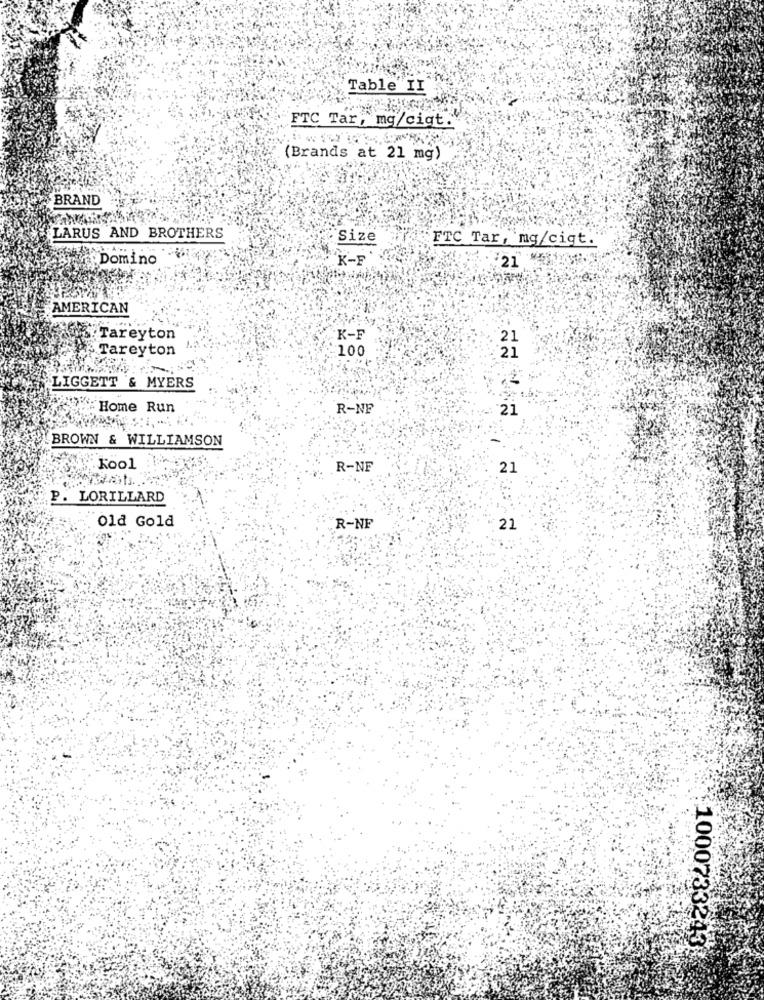
Table II
FTC Tar, mg/ciqt.
(Brands at 21 mg)
BRAND
LARUS AND BROTHERS
Size
FTC Tar, mg/cigt.
Domino
K-E
21
AMERICAN
Tareyton
K-F
Tareyton
100
LIGGETT & MYERS
Home Run
R-NF
'21
BROWN & WILLIAMSON
Kool
R-NF
21
P. LORILLARD
Old Gold
R-NF
21
100073329